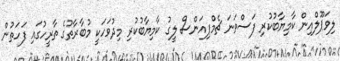
ލިވަޕޫލްއިން ކާމިޔާބުކުރި ފަސްވަނަ ޗެމްޕިއަންސް ލީގު ކާމިޔާބުކުރި މިދުވަހަކީ މުބާރާތުގެ ތާރީހުގައި ފަހަތުން